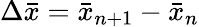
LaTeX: \Delta\bar{x}=\bar{x}_{n+1}-\bar{x}_{n}